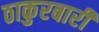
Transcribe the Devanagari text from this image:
ठाकुरबारी